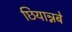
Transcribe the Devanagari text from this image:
छियान्नबे